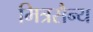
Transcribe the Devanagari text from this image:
मित्रसैन्य